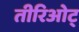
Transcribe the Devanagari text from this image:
तीरिओट्